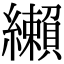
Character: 𦇛